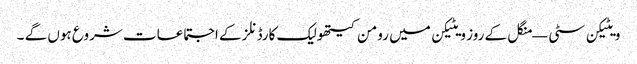
ویٹیکن سٹی — منگل کے روز ویٹیکن میں رومن کیتھولیک کارڈنلز کے اجتماعات شروع ہوں گے ۔